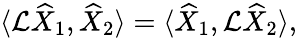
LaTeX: \langle\mathcal{L}\widehat{X}_{1},\widehat{X}_{2}\rangle=\langle\widehat{X}_{1},\mathcal{L}\widehat{X}_{2}\rangle,